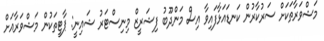
މަޝްވަރާތަކަށް ސަރުކާރުން ކަނޑައަޅާފައިވާ އިސް މަންދޫބު ފިޝަރީޒް މިނިސްޓަރު ޝައިނީ: ޕާޓީތަކުން މަޝްވަރާއަށް